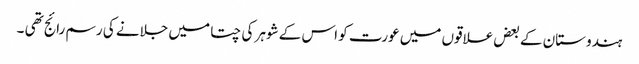
ہندوستان کے بعض علاقوں میں عورت کو اس کے شوہر کی چتا میں جلانے کی رسم رائج تھی ۔